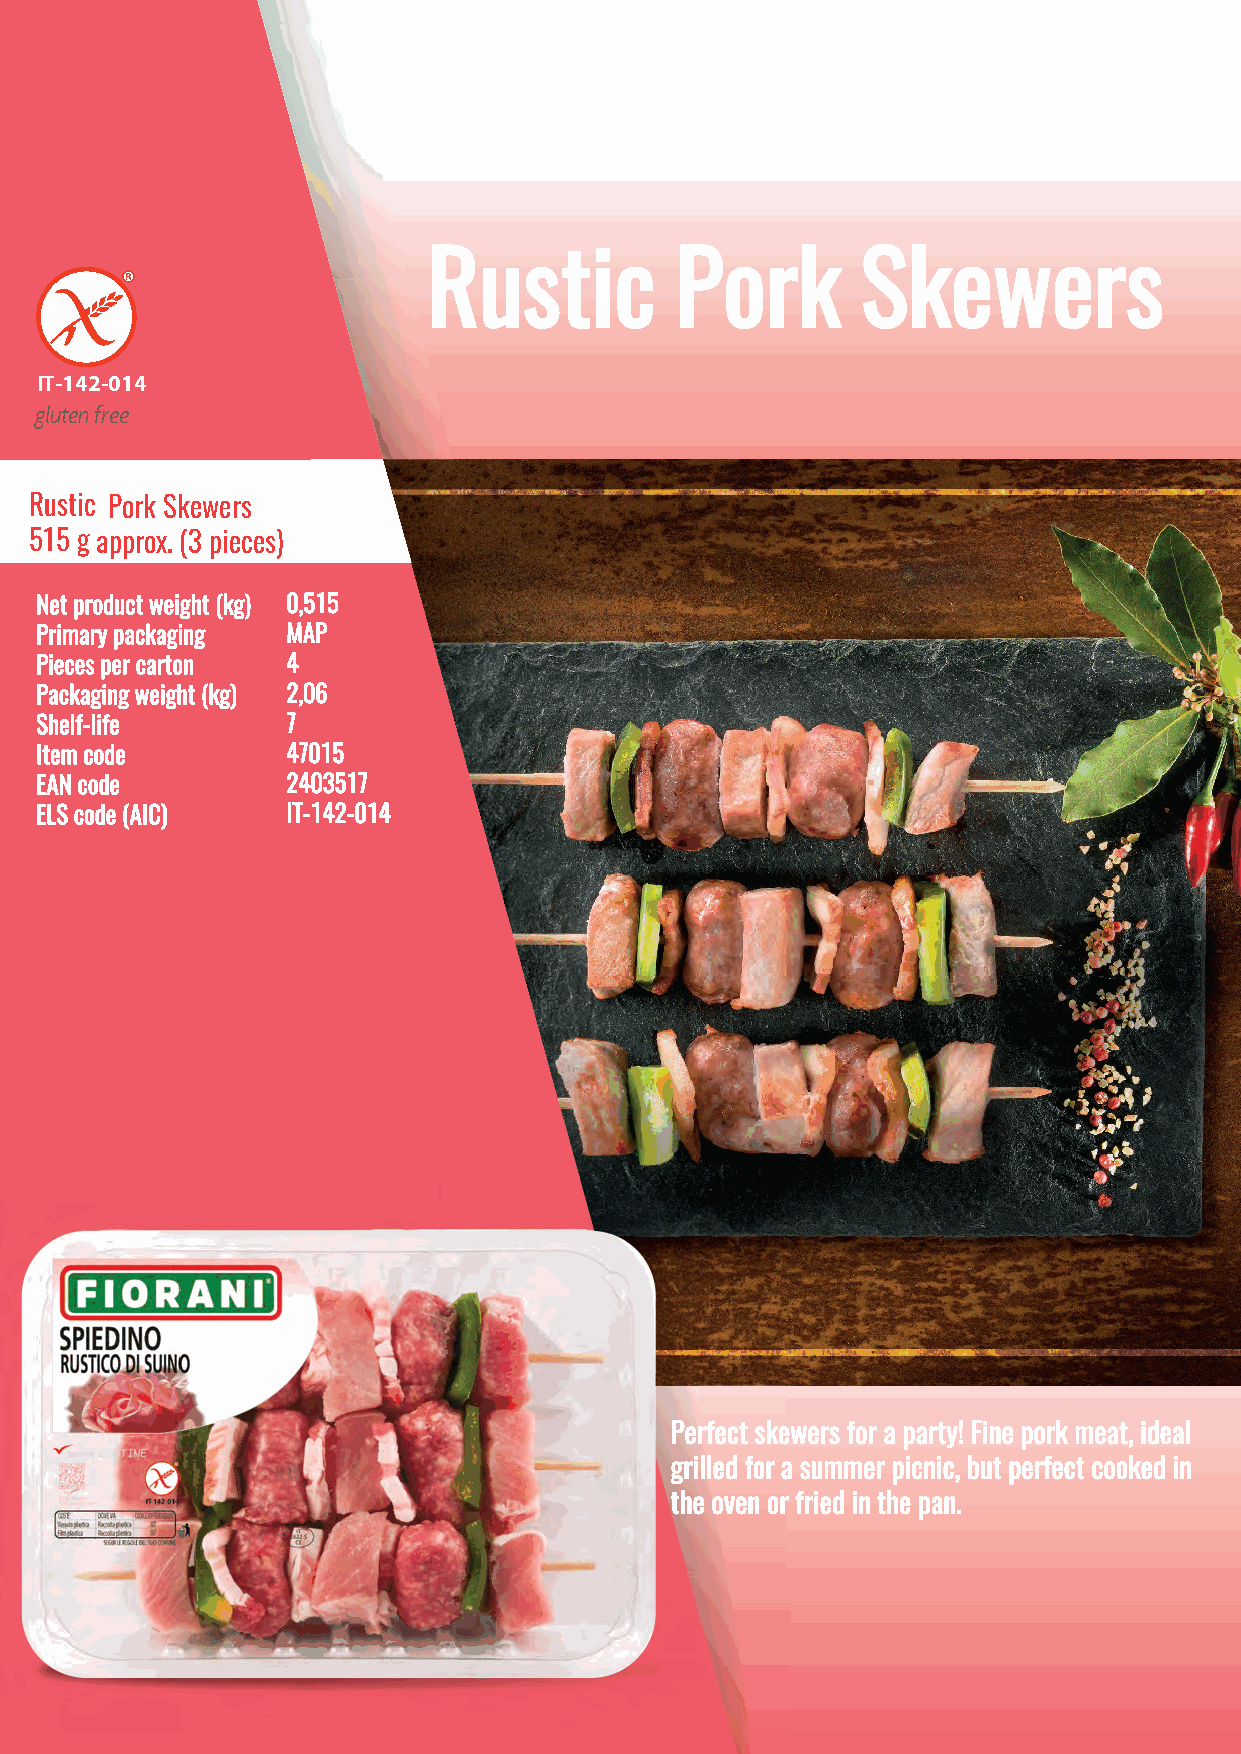
Rustic           Pork        Skewers
 IT-142-014
 gluten free
 l
 Rustic Pork Skewers
 515 g approx. (3 pieces)
 Net product weight (kg) 0,515
 Primary packaging MAP
 Pieces per carton 4
 Packaging weight (kg) 2,06
 Shelf-life       7
 Item code        47015
 EAN code         2403517
 ELS code (AIC)   IT-142-014
 Perfect skewers for a party! Fine pork meat, ideal
 grilled for a summer picnic, but perfect cooked in
 the oven or fried in the pan.